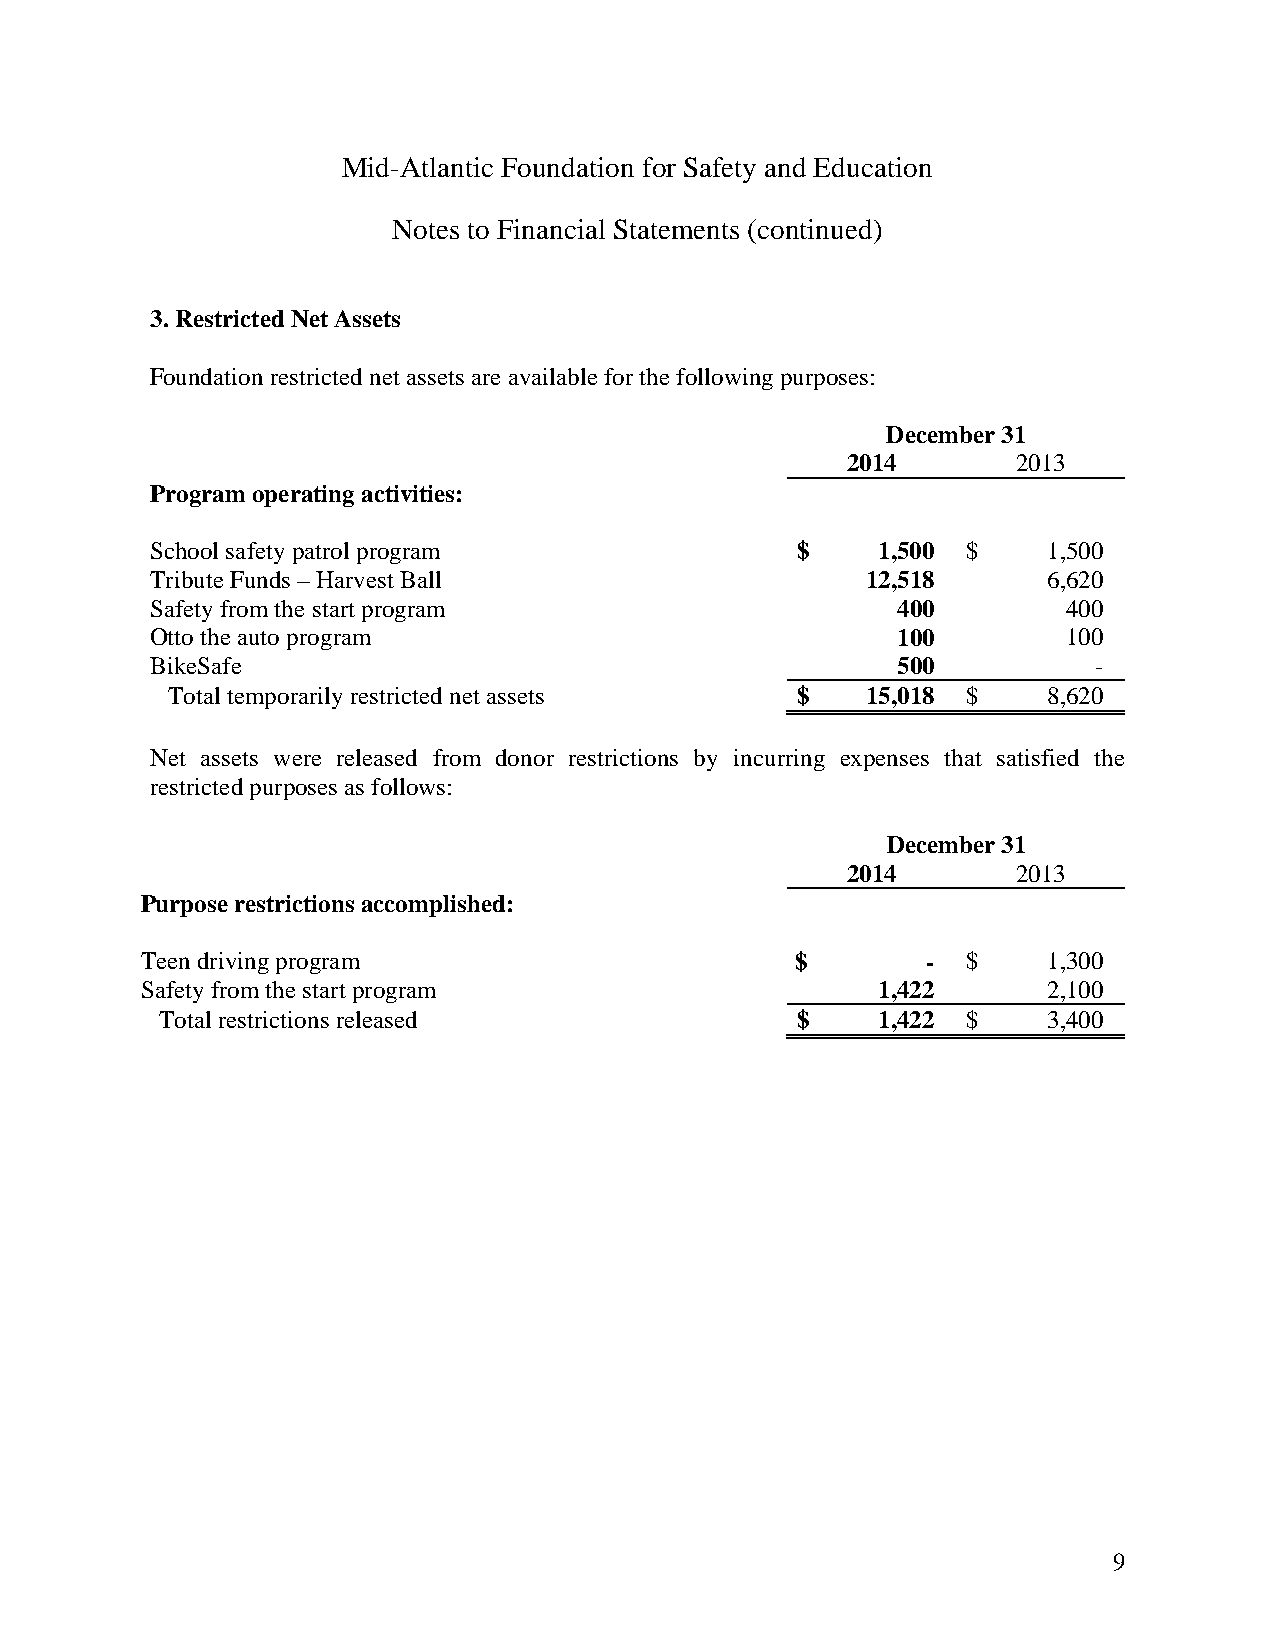
Mid-Atlantic Foundation for Safety and Education
 Notes to Financial Statements (continued)
 3. Restricted Net Assets
 Foundation restricted net assets are available for the following purposes:
 December 31
 2014       2013
 Program operating activities:
 School safety patrol program               $    1,500 $    1,500
 Tribute Funds – Harvest Ball                   12,518      6,620
 Safety from the start program                    400         400
 Otto the auto program                            100         100
 BikeSafe                                         500          -
 Total temporarily restricted net assets   $   15,018 $    8,620
 Net assets were released from donor restrictions by incurring expenses that satisfied the
 restricted purposes as follows:
 December 31
 2014       2013
 Purpose restrictions accomplished:
 Teen driving program                        $       -  $    1,300
 Safety from the start program                    1,422      2,100
 Total restrictions released               $    1,422 $    3,400
 9